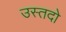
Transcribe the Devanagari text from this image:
उस्तदो